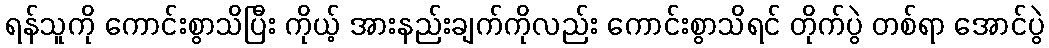
ရန်သူကို ကောင်းစွာသိပြီး ကိုယ့် အားနည်းချက်ကိုလည်း ကောင်းစွာသိရင် တိုက်ပွဲ တစ်ရာ အောင်ပွဲ